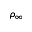
\rho _ { \infty }